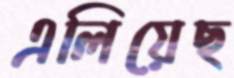
এলিয়েছ